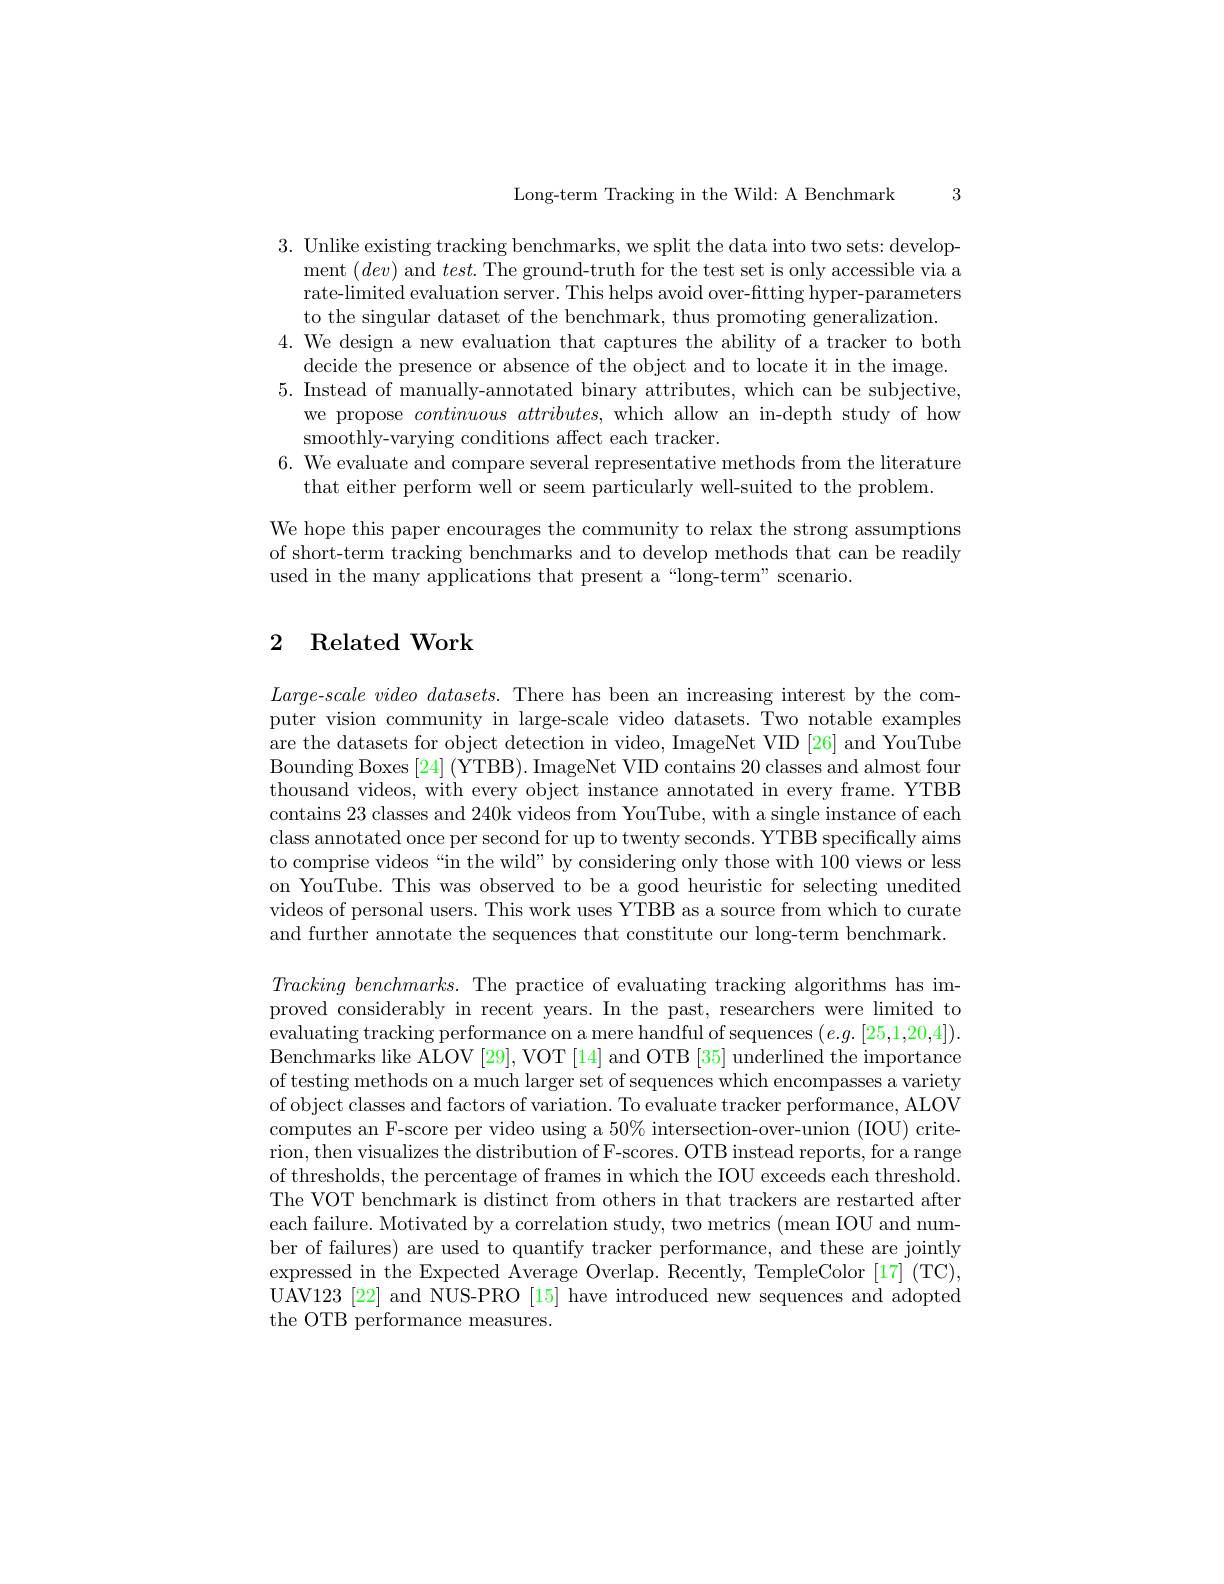
Long-term Tracking in the Wild: A Benchmark 3

3. Unlike existing tracking benchmarks, we split the data into two sets: develop-
ment $(dev)$ and $test.$The ground-truth for the test set is only accessible via a rate-limited evaluation server. This helps avoid over-fitting hyper-parameters to the singular dataset of the benchmark, thus promoting generalization.
4. We design a new evaluation that captures the ability of a tracker to both
decide the presence or absence of the object and to locate it in the image. 5. Instead of manually-annotated binary attributes, which can be subjective,
we propose continuous attributes, which allow an in-depth study of how
smoothly-varying conditions affect each tracker.
6. We evaluate and compare several representative methods from the literature
that either perform well or seem particularly well-suited to the problem.
We hope this paper encourages the community to relax the strong assumptions

of short-term tracking benchmarks and to develop methods that can be readily
used in the many applications that present a“long-term”scenario.

### 2 Related Work

$Large- scale\textit{video datasets. There has been an increasing interest by the com- }$ puter vision community in large-scale video datasets. Two notable examples are the datasets for object detection in video, ImageNet VID [26] and YouTube Bounding Boxes [24] (YTBB). ImageNet VID contains 20 classes and almost four thousand videos, with every object instance annotated in every frame. YTBB contains 23 classes and 240k videos from YouTube, with a single instance of each class annotated once per second for up to twenty seconds. YTBB specifically aims to comprise videos“in the wild”by considering only those with 100 views or less on YouTube. This was observed to be a good heuristic for selecting unedited videos of personal users. This work uses YTBB as a source from which to curate and further annotate the sequences that constitute our long-term benchmark

$Tracking\textit{ benchmarks. The practice of evaluating tracking algorithms has im- 1}$ proved considerably in recent years. In the past, researchers were limited to evaluating tracking performance on a mere handful of sequences $(e.g.[25,1,20,4]).$ Benchmarks like ALOV [29], VOT [14] and OTB [35] underlined the importance of testing methods on a much larger set of sequences which encompasses a variety of object classes and factors of variation. To evaluate tracker performance, ALOV computes an F-score per video using a $50\%$ intersection-over-union (IOU) criterion, then visualizes the distribution of F-scores. OTB instead reports, for a range of thresholds, the percentage of frames in which the IOU exceeds each threshold. The VOT benchmark is distinct from others in that trackers are restarted after each failure. Motivated by a correlation study, two metrics (mean IOU and number of failures) are used to quantify tracker performance, and these are jointly expressed in the Expected Average Overlap. Recently, TempleColor [17] (TC), UAV123 [22] and NUS-PRO [15] have introduced new sequences and adopted the OTB performance measures.